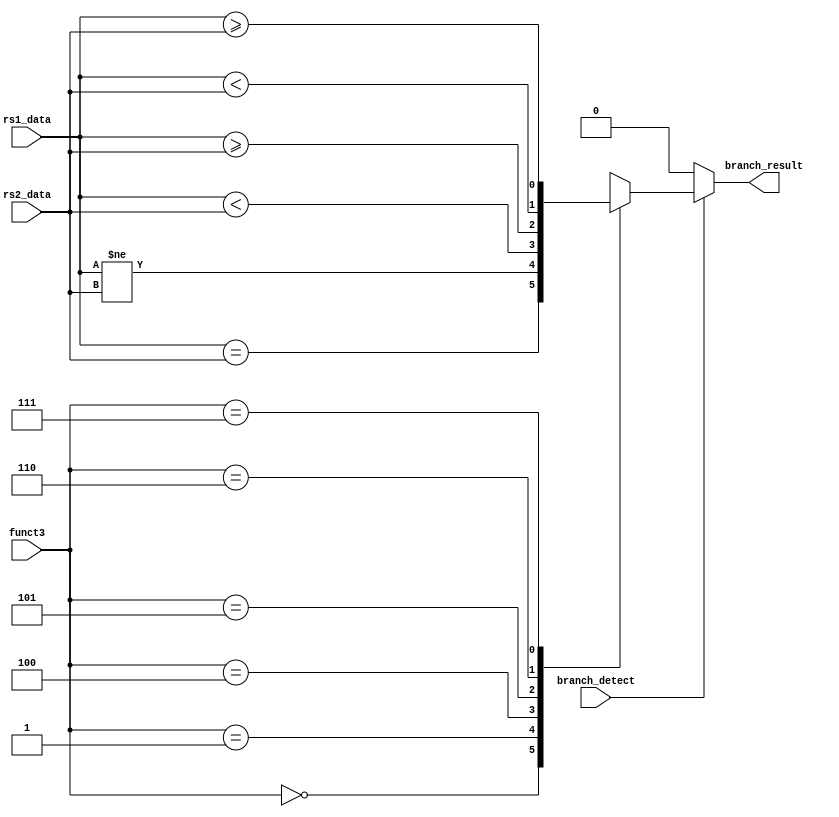
module branch_judge(
    input   wire    [31:0]  rs1_data,
    input   wire    [31:0]  rs2_data,
    input   wire    [2:0]   funct3,
    input   wire            branch_detect,
    output  wire            branch_result
        );

    assign  branch_result = branch_detect ? comparator(rs1_data, rs2_data, funct3) : 0;

    function comparator(
        input [31:0] rs1_data,
        input [31:0] rs2_data,
        input [2:0]  funct3
    );
        begin
            case(funct3)
                3'b000: comparator = rs1_data == rs2_data;  //beq
                3'b001: comparator = rs1_data != rs2_data;  //neq 
                3'b100: comparator = rs1_data <  rs2_data;  //blt
                3'b101: comparator = rs1_data >= rs2_data;  //bge
                3'b110: comparator = $signed(rs1_data) <  $signed(rs2_data);  //bltu
                3'b111: comparator = $signed(rs1_data) >= $signed(rs2_data);  //bgeu
            endcase
        end
    endfunction
endmodule